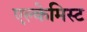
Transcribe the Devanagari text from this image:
एल्केमिस्ट